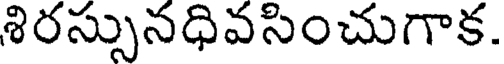
శిరస్సునధివసించుగాక.